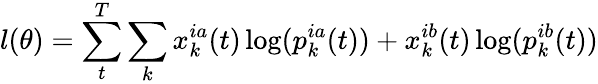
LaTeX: l(\theta)=\sum_{t}^{T}\sum_{k}x_{k}^{ia}(t)\log(p_{k}^{ia}(t))+x_{k}^{ib}(t)\log(p_{k}^{ib}(t))